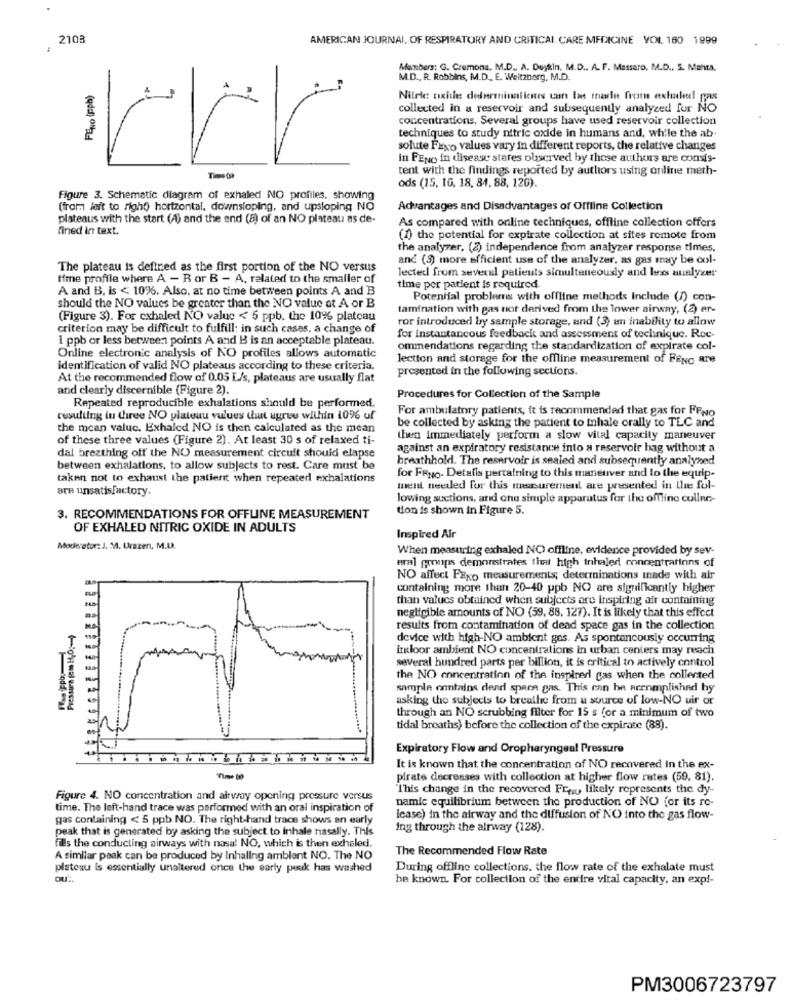
2103
AMERICAN JOURNAL, OF RESPIRATORY AND CRITICAL. CARE MEDICINE VOL 160 1999
Members: G. Cremona. M.D ., A. Dejtin, M.D ., A. F. Massaro, M.D ., 5. Mahta.
M.D ., R. Robbins, M.D ., E. Weitznerg, M.D.
FENO (ppb)
Nitric oxide determinaticnrs can Ias male from exhale! pas
collected in a reservoir and subsequently analyzed for NO
concentrations. Several groups have used reservoir collection
techniques to study nitric oxide in humans and, while the ab
solute Faxo values vary in different reports, the relative changes
in FENO in disease stares observed by those authors are consis-
tent with the findings reported by authors using online meth-
Time (9)
ods (15, 16, 18, 84, 88, 126).
Figure 3. Schematic diagram of exhaled NO profiles, showing
(from left to right) horizontal, downsloping, and upsloping NO
Advantages and Disadvantages of Offline Collection
plateaus with the start (4) and the end (8) of an NO plateau as de-
As compared with online techniques, offline collection offers
fined in text.
(1) the potential for expirate collection at sites remote from
the analyzer, (2) independence from analyzer response times.
and (3) more efficient use of the analyzer, as gas may be col-
The plateau is defined as the first portion of the NO versus
time profile where A - B or B - A, related to the smaller of
lected from several patients simultaneously and less analyser
A and B, is < 10%. Also, at no time between points A and B
time per patient is required
Potential problems with offline methods Include (1) con-
should the NO values be greater than the NO value ot A or B
tamination with gas not derived from the lower airway, (2) er-
(Figure 3). For cxhaled NO value < 5 ppb. the 10% plateau
ror introduced by sample storage, and (3) an inability to allow
criterion may be difficult to fulfill: in such cases, a change of
1 ppb or less between points A and B is an acceptable plateau.
for instantaneous feedback and assessment of technique. Roe-
ommendations regarding the standardization of expirate col-
Online electronic analysis of NO profiles allows automatic
lection and storage for the offline measurement of FENG are
identification of valid NO plateaus according to these criteria.
presented in the following sections.
At the recommended flow of 0.05 L/s, plateaus are usually flat
and clearly discernible (Figure 2).
Procedures for Collection of the Sample
Repeated reproducible exhalations should be performed.
For ambulatory patients, it is recommended that gas for FFNo
resulting in Chiree NO plateau values that ugrew within 10% of
be collected by asking the patient to inhale orally to TLC and
the mean value. Exhaled NO is then calculated as the mean
of these three values (Figure 2). At least 30 s of relaxed ti-
then immediately perform a slow vital capacity maneuver
against an expiratory resistance into a reservoir hag without a
dal breathing off' the NO measurement circuit should elapse
breathhold. The reservoir is sealed and subsequently analyzed
between exhalations, to allow subjects to rest. Care must be
taken not to exhaust the patient when repeated exhalations
for FRyo. Detalis pertaining to this maneuver and to the equip-
are unsatisfactory.
ment needed for this messurement are presented in the fol-
lowing suctions, and one simple apparatus for the offline cullne-
tion is shown in Figure 5.
3. RECOMMENDATIONS FOR OFFLINE MEASUREMENT
OF EXHALED NITRIC OXIDE IN ADULTS
Inspired Air
Moderator: J. M. Urszen, M.D.
When measuring exhaled NO offline, evidence provided by sev-
eral groups demonstrates that high inhaled concentrations of
NO affect FExo measurements; deterrainations inade with air
containing more than 20-40 ppb NO are significantly higher
than values obtained when subjects are Inspiring air containing
negligible amounts of NO (59, 88. 127). It is likely that this effect
results from contamination of dead space gas in the collection
device with high-NO ambient gos. As spontaneously occurring
inloor ambient NO concentrations in urban centers may reach
several hundred parts per billion, it is critical to actively control
the NO concentration of the inspired gas when the collected
sample contains dend spara gas. This can be aernmplished by
asking the subjects to breathe from a source of low-NO uir or
through an NO scrubbing filter for 15 s for a minimum of two
tidal breaths) before the collection of the expirace (88).
Expiratory Flow and Oropharyngeal Pressure
It is known that the concentration of NO recovered In the ex-
pirate decreases with collection at higher flow rates (59, 81).
"This change in the recovered Frag likely represents the dy-
Figure 4. NO concentration and airvray opening pressure versus
namic equilibrium between the production of NO for its re-
time. The left-hand trace was performed with an oral inspiration of
gas containing < 5 ppb NO. The right-hand trace shows an early
lease) in the airway and the diffusion of NO into the gas flow-
peak that is generated by asking the subject to inhale nasally. This
ing through the alrway (128).
fills the conducting airways with nasal NO, which is then exheled.
The Recommended Flow Rate
A similar peak can be produced by Inhaling amblent NO. The NO
plateau is essentially unaltered once the early puuk has washed
During offline collections, the flow rate of the exhalate must
OU.
be known. For collection of the entire vital capacity, an expi-
PM3006723797